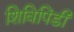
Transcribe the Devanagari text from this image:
शिविपिंडी